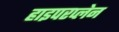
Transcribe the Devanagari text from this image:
हाइपरप्लेन